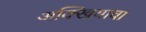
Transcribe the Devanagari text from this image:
अक्खियावा